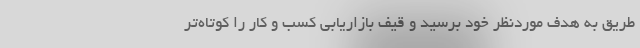
طریق به هدف موردنظر خود برسید و قیف بازاریابی کسب و کار را کوتاه‌تر